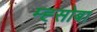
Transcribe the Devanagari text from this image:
म्ह्सोबा